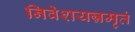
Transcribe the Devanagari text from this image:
निवेशयन्नमृतं